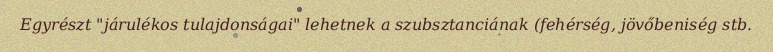
Egyrészt "járulékos tulajdonságai" lehetnek a szubsztanciának (fehérség, jövőbeniség stb.